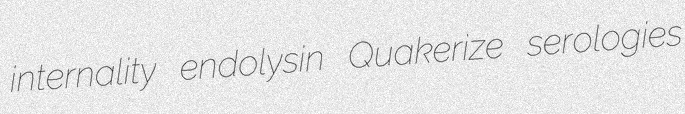
internality endolysin Quakerize serologies